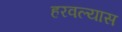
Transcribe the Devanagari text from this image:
हरवल्यास